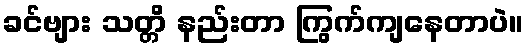
ခင်ဗျား သတ္တိ နည်းတာ ကြွက်ကျနေတာပဲ။